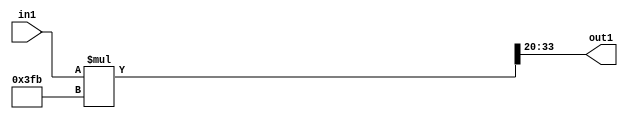
`timescale 1ps / 1ps
/*****************************************************************************
    Verilog RTL Description
    
    
    Created by: Stratus DpOpt 21.05.01 
*******************************************************************************/

module SobelFilter_R33_20Mul2iLLu24_1 (
	in1,
	out1
	); /* architecture "behavioural" */ 
input [23:0] in1;
output [13:0] out1;
wire [33:0] asc003;

assign asc003 = 
	+(in1 * 34'B0000000000000000000000001111111011);

assign out1 = asc003[33:20];
endmodule

/* CADENCE  ubXyTA8= : u9/ySxbfrwZIxEzHVQQV8Q== ** DO NOT EDIT THIS LINE ******/